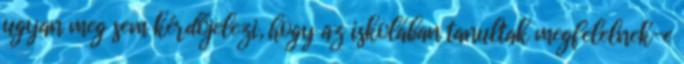
ugyan meg sem kérdőjelezi, hogy az iskolában tanultak megfelelnek-e